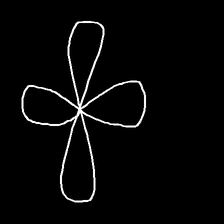
Glyph: billowing